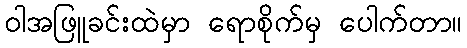
ဝါအဖြူခင်းထဲမှာ ရောစိုက်မှ ပေါက်တာ။